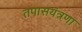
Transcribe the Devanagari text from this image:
तपासयंत्रणा